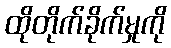
ထိုတိုက်ခိုက်မှုကို